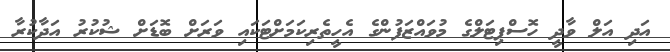
އަދި އަލް ވާދީ ހޮސްޕިޓަލްގެ މުވައްޒަފުންގެ އެހީތެރިކަމަށްޓަކައި ވަރަށް ބޮޑަށް ޝުކުރު އަދާކުރާ